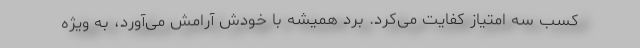
کسب سه امتیاز کفایت می‌کرد. برد همیشه با خودش آرامش می‌آورد، به ویژه